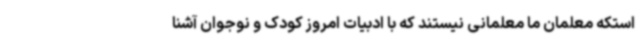
استکه معلمان ما معلمانی نیستند که با ادبیات امروز کودک و نوجوان آشنا